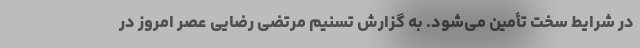
در شرایط سخت تأمین می‌شود. به گزارش تسنیم مرتضی رضایی عصر امروز در